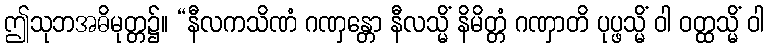
ဤသုဘအဓိမုတ္တ၌။ “နီလကသိဏံ ဂဏှန္တော နီလသ္မိံ နိမိတ္တံ ဂဏှာတိ ပုပ္ဖသ္မိံ ဝါ ဝတ္ထသ္မိံ ဝါ